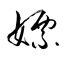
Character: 嫖